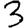
Digit: 3